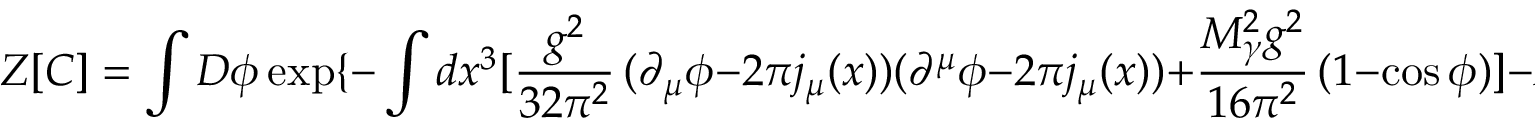
Z [ C ] = \int D \phi \exp \{ - \int d x ^ { 3 } [ \frac { g ^ { 2 } } { 3 2 \pi ^ { 2 } } \, ( \partial _ { \mu } \phi - 2 \pi j _ { \mu } ( x ) ) ( \partial ^ { \mu } \phi - 2 \pi j _ { \mu } ( x ) ) + \frac { M _ { \gamma } ^ { 2 } g ^ { 2 } } { 1 6 \pi ^ { 2 } } \, ( 1 - \cos \phi ) ] - M _ { W } L \} \, \, \, .